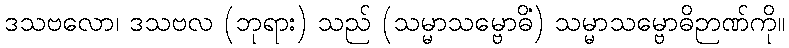
ဒသဗလော၊ ဒသဗလ (ဘုရား) သည် (သမ္မာသမ္ဗောဓိံ) သမ္မာသမ္ဗောဓိဉာဏ်ကို။